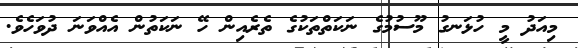
މިއަދު މީ ހުޅަނގު މޫސުމުގެ ނަކަތްތަކުގެ ތެރެއިން ހޭ ނަކަތުން އެއްވަނަ ދުވަހެވެ.